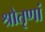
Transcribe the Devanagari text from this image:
श्रोतृणां